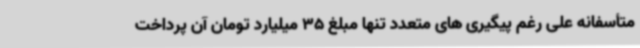
متأسفانه علی رغم پیگیری های متعدد تنها مبلغ 35 میلیارد تومان آن پرداخت